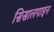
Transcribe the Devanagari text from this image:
सिसालपाइन